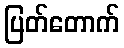
ပြတ်တောက်